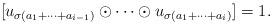
LaTeX: \begin{align*}[u_{\sigma(a_1 + \dots + a_{i-1})} \odot \cdots \odot u_{\sigma(a_1 + \dots + a_{i})} ] = 1.\end{align*}